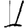
Digit: 1